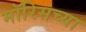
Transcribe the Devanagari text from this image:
मॉरिसच्या